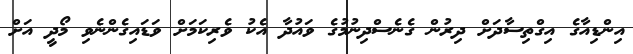
އިންޑިއާގެ އިގްތިސާދަށް ދިރުން ގެނެސްދިނުމުގެ ވައުދާ އެކު ވެރިކަމަށް ވަޑައިގެންނެވި މޯދީ އަށް